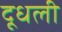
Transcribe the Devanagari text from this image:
दूधली